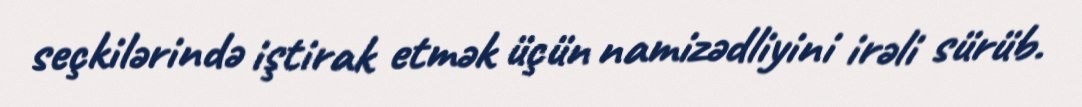
seçkilərində iştirak etmək üçün namizədliyini irəli sürüb.